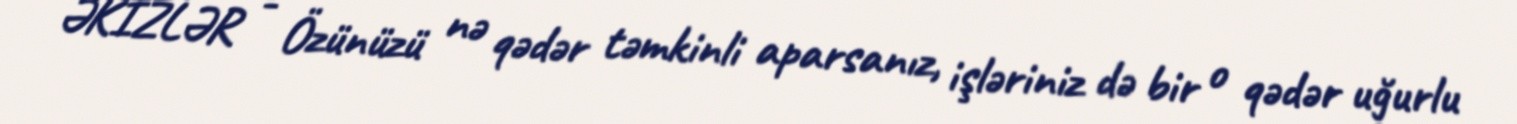
ƏKİZLƏR - Özünüzü nə qədər təmkinli aparsanız, işləriniz də bir o qədər uğurlu